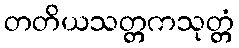
တတိယသတ္တကသုတ္တံ